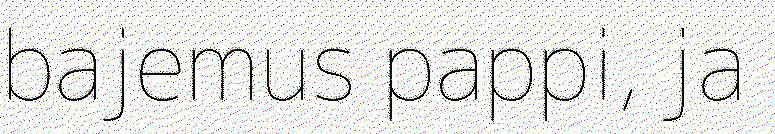
bajemus pappi, ja